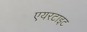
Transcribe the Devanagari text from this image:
एयरटाइट